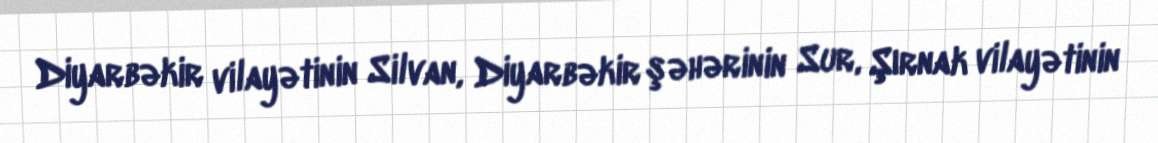
Diyarbəkir vilayətinin Silvan, Diyarbəkir şəhərinin Sur, Şırnak vilayətinin